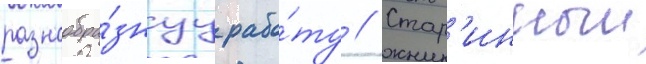
разнообра́знуу рабо́ту // Стар'инныи